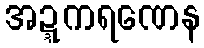
အဍ္ဍကရဏေန